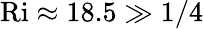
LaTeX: \mathrm{Ri}\approx 18.5\gg 1/4